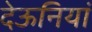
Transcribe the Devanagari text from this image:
देऊनियां